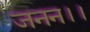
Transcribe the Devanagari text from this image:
जनन।।